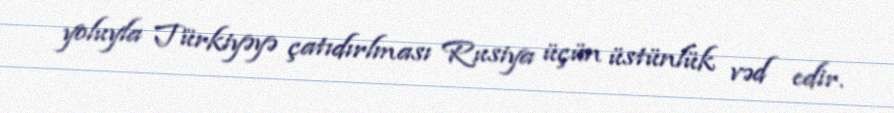
yoluyla Türkiyəyə çatıdırlması Rusiya üçün üstünlük vəd edir.